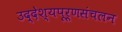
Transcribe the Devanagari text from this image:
उद्देश्यपूर्णसंचलन